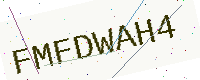
Text: FMFDWAH4